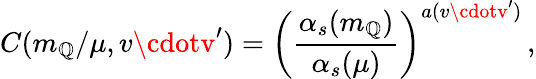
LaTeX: C(m_{\mathbb{Q}}/\mu,v\cdotv^{\prime})=\left(\frac{{\alpha_{s}(m_{\mathbb{Q}})}}{{\alpha_{s}(\mu)}}\right)^{a(v\cdotv^{\prime})}\, ,